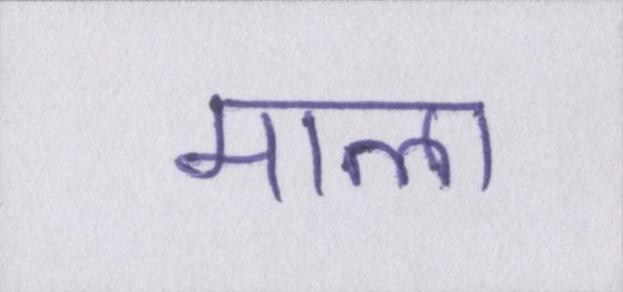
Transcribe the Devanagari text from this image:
माला